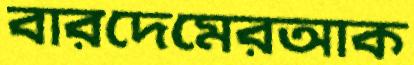
বারদেমেরআক